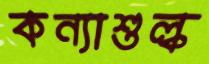
কন্যাশুল্ক